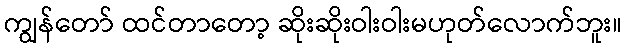
ကျွန်တော် ထင်တာတော့ ဆိုးဆိုးဝါးဝါးမဟုတ်လောက်ဘူး။